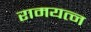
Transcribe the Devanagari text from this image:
रामयत्न